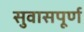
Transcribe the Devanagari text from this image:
सुवासपूर्ण